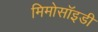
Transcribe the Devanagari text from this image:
मिमोसॉइडी